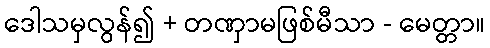
ဒေါသမှလွန်၍ + တဏှာမဖြစ်မီသာ - မေတ္တာ။